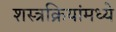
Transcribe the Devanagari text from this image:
शस्त्रक्रियांमध्ये